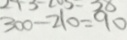
3 0 0 - 2 1 0 = 9 0